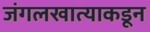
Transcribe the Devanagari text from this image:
जंगलखात्याकडून